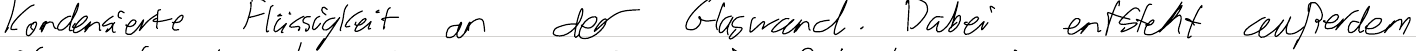
Kondensierte Flüssigkeit an der Glaswand. Dabei entsteht außerdem